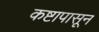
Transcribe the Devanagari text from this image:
कष्टापासून